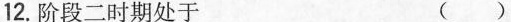
12.阶段二时期处于 （ ）